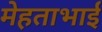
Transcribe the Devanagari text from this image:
मेहताभाई